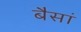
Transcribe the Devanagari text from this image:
बैसां